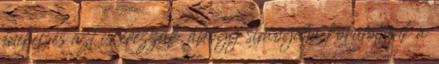
énekel, és azt is érezzük, ahogy simogatja körülöttünk a